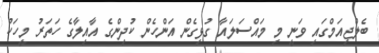
ބެލްޖިއަމްގައި ވަނީ މި މައްސަލައާ ގުޅިގެން އަންހެން ކުދިންގެ އާއިލާގެ ހަތަރު މީހަކު